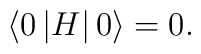
\left\langle 0 \left | H \right| 0 \right\rangle = 0.